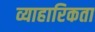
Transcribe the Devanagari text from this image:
व्याहारिकता